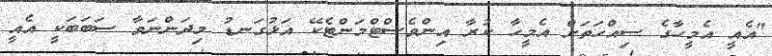
"އެއީ އެމީހާގެ ސިއްހަތަށް އެމީހާ ކުރާ އިންވެސްޓްމަންޓެކޭ އަޅުގަނޑު މިދަންނަވާ ސަބަބަކީ އެއީ